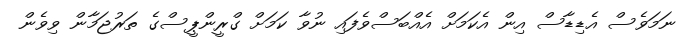
ނަމަވެސް އެޑިޑާސް އިން އެކަމަށް އެއްބަސްވެފައި ނުވާ ކަމަށް ގްރީންޕީސްގެ ތަރުޖަމާން ވިވެން